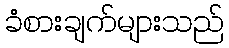
ခံစားချက်များသည်